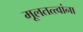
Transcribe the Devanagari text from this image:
मूलतत्त्वांना